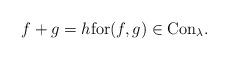
LaTeX: \begin{align*} f + g = h \hbox{for} (f,g) \in {\rm Con}_\lambda .\end{align*}